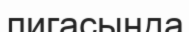
лигасында